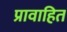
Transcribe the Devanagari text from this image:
प्रावाहित